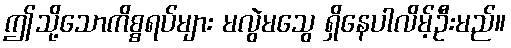
ဤသို့သောကိစ္စရပ်များ မလွဲမသွေ ရှိနေပါလိမ့်ဦးမည်။